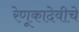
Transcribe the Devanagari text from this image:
रेणूकादेवीचे